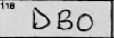
Transcription: DBO